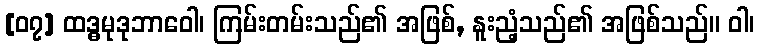
[၀၇] ထဒ္ဓမုဒုဘာဝေါ၊ ကြမ်းတမ်းသည်၏ အဖြစ်, နူးညံ့သည်၏ အဖြစ်သည်။ ဝါ၊